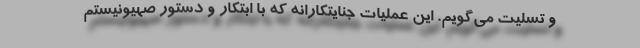
و تسلیت می‌گویم. این عملیات جنایتکارانه که با ابتکار و دستور صهیونیستم